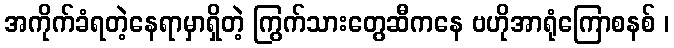
အကိုက်ခံရတဲ့နေရာမှာရှိတဲ့ ကြွက်သားတွေဆီကနေ ဗဟိုအာရုံကြောစနစ် ၊